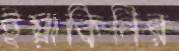
ইয়াকিনির